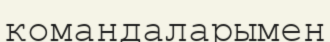
командаларымен